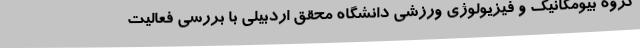
گروه بیومکانیک و فیزیولوژی ورزشی دانشگاه محقق اردبیلی با بررسی فعالیت